Calcutta medical institutions reports 1879-81 [i.e.91]
Year: 1879
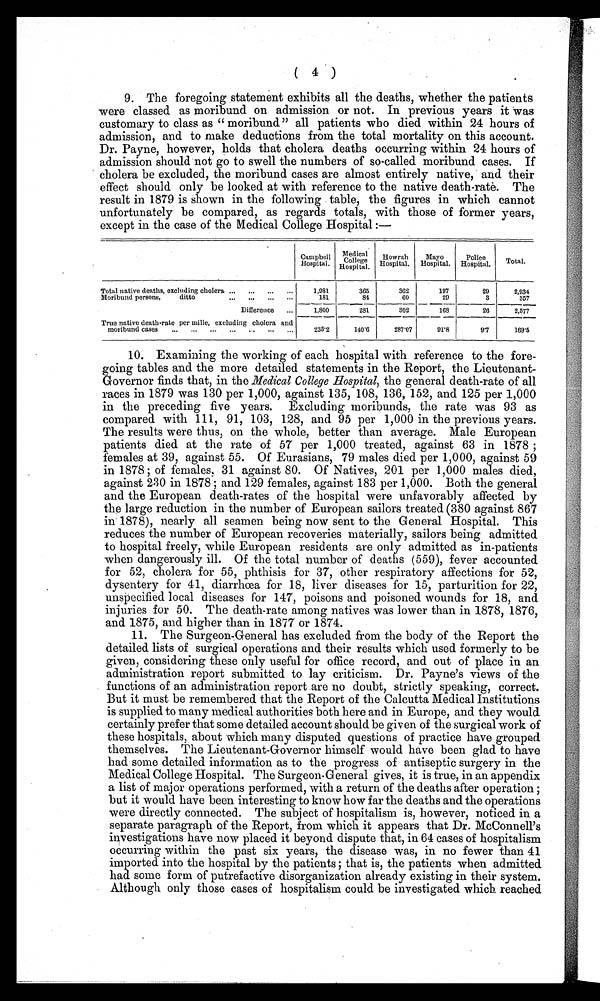
( 4 )
9. The foregoing statement exhibits all the deaths, whether the patients
were classed as moribund on admission or not. In previous years it was
customary to class as " moribund " all patients who died within 24 hours of
admission, and to make deductions from the total mortality on this account.
Dr. Payne, however, holds that cholera deaths occurring within 24 hours of
admission should not go to swell the numbers of so-called moribund cases. If
cholera be excluded, the moribund cases are almost entirely native, and their
effect should only be looked at with reference to the native death-rate. The
result in 1879 is shown in the following table, the figures in which cannot
unfortunately be compared, as regards totals, with those of former years,
except in the case of the Medical College Hospital :—
Campbell Hospital.
M e d i c a l C o l l e g e H o s p i t a l . Howrah Hospital. Mayo
Hospital. Police
Hospital. Total.
Total native deaths, excluding cholera
1,981
365
362
197
29
2,934
Moribund persons, ditto
181
84
60
29
3
357
Difference
1,800
281
302
168
26
2,577
True native death-rate per mille, excluding cholera, and.
_ ______ ____ _ _
_
moribund cases
235'2
140'6
287'07
9r8
91
169'5
Examining the working of each hospital with reference to the fore-
going tables and the more detailed statements in the Report, the Lieutenant-
Governor finds that, in the Medical College Hospital, the general death-rate of all
races in 1879 was 130 per 1,000, against 135, 108, 136, 152, and 125 per 1,000
in the preceding five years. Excluding moribunds, the rate was 93 as
compared with 111, 91, 103, 128, and 95 per 1,000 in the previous years.
The results were thus, on the whole, better than average. Male European
patients died at the rate of 57 per 1,000 treated, against 63 in 1878
females at 39, against 55. Of Eurasians, 79 males died per 1,000, against 59
in 1878 of females, 31 against 80. Of Natives, 201 per 1,000 males died,
against 230 in 1878; and 129 females, against 183 per 1,000. Both the general
and the European death-rates of the hospital were unfavorably affected by
the large reduction in the number of European sailors treated (380 against 867
in 1878), nearly all seamen being now sent to the General Hospital. This
reduces the number of European recoveries materially, sailors being admitted
to hospital freely, while European residents are only admitted as in-patients
when dangerously ill. Of the total number of deaths (559), fever accounted
for 52, cholera for 55, phthisis for 37, other respiratory affections for 52,
dysentery for 41, diarrhoea for 18, liver diseases for 15, parturition for 22,
unspecified local diseases for 147, poisons and poisoned wounds for 18, and
injuries for 50. The death-rate among natives was lower than in 1878, 1876,
and 1875, and higher than in 1877 or 1874.
The Surgeon-General has excluded from the body of the Report the
detailed lists of surgical operations and their results which used formerly to be
given, considering these only useful for office record, and out of place in an
administration report submitted to lay criticism. Dr. Payne's views of the
functions of an administration report are no doubt, strictly speaking, correct.
But it must be remembered that the Report of the Calcutta Medical Institutions
is supplied to many medical authorities both here and in Europe, and they would
certainly prefer that some detailed account should be given of the surgical work of
these hospitals, about which many disputed questions of practice have grouped
themselves. The Lieutenant-Governor himself would have been glad to have
had some detailed information as to the progress of antiseptic surgery in the
Medical College Hospital. The Surgeon-General gives, it is true, in an appendix
a list of major operations performed, with a return of the deaths after operation;
but it would have been interesting to know how far the deaths and the operations
were directly connected. The subject of hospitalism is, however, noticed in a
separate paragraph of the Report, from which it appears that Dr. McConnell's
investigations have now placed it beyond dispute that, in 64 cases of hospitalism
occurring within the past six years, the disease was, in no fewer than 41
imported into the hospital by the patients that is, the patients when admitted
had some form of putrefactive disorganization already existing in their system.
Although only those cases of hospitalism could be investigated which reached